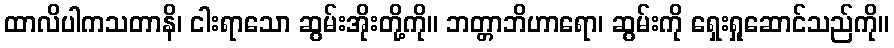
ထာလိပါကသတာနိ၊ ငါးရာသော ဆွမ်းအိုးတို့ကို။ ဘတ္တာဘိဟာရော၊ ဆွမ်းကို ရှေးရှုဆောင်သည်ကို။